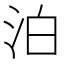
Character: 泊